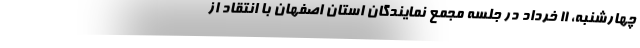
چهارشنبه، ۱۱ خرداد در جلسه مجمع نمایندگان استان اصفهان با انتقاد از